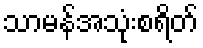
သာမန်အသုံးစရိတ်